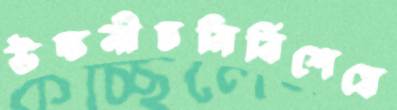
উচ্চনীচনির্বিশেষে